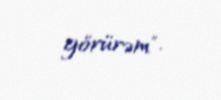
görürəm".